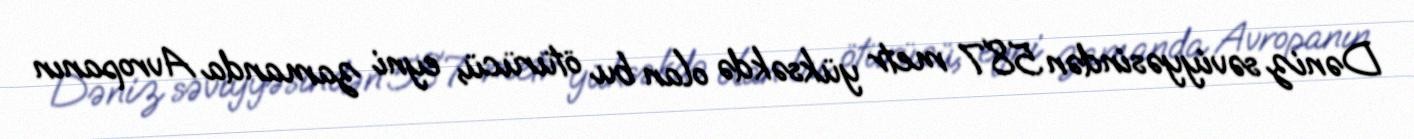
Dəniz səviyyəsindən 587 metr yüksəkdə olan bu ötürücü, eyni zamanda Avropanın